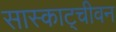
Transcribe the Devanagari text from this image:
सास्काट्चीवन